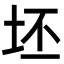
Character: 坯